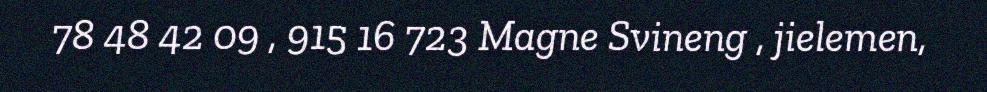
78 48 42 09 , 915 16 723 Magne Svineng , jielemen,